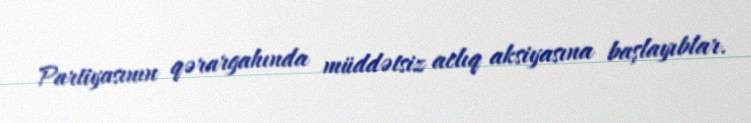
Partiyasının qərargahında müddətsiz aclıq aksiyasına başlayıblar.